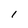
Character: l